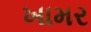
ખામર